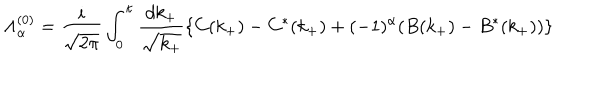
LaTeX: { \Lambda } _ { \alpha } ^ { ( 0 ) } = \frac { i } { \sqrt { 2 { \pi } } } \int _ { 0 } ^ { \kappa } \frac { d k _ { + } } { \sqrt { k _ { + } } } \{ C ( k _ { + } ) - C ^ { \ast } ( k _ { + } ) + ( - 1 ) ^ { \alpha } ( B ( k _ { + } ) - B ^ { \ast } ( k _ { + } ) ) \}